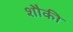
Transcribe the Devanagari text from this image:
शौकी